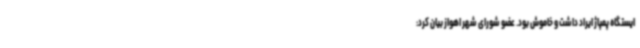
ایستگاه پمپاژ ایراد داشت و خاموش بود. عضو شورای شهر اهواز بیان کرد: